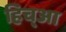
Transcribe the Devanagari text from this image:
हिच्आ